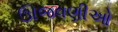
ઊજવણીઓ